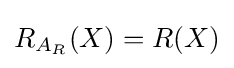
R_{A_{R}}(X)=R(X)